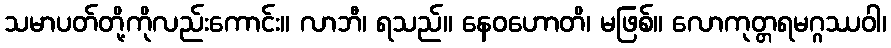
သမာပတ်တို့ကိုလည်းကောင်း။ လာဘီ၊ ရသည်။ နေဝဟောတိ၊ မဖြစ်။ လောကုတ္တရမဂ္ဂဿဝါ၊